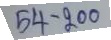
54 - 200